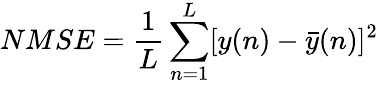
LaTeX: NMSE=\frac{1}{L}\sum_{n=1}^{L}[y(n)-\bar{y}(n)]^{2}